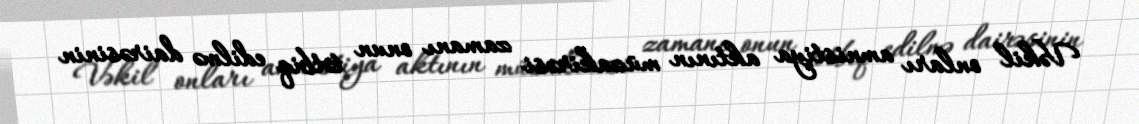
Vəkil onları amnistiya aktının müzakirəsi zamanı onun tətbiq edilmə dairəsinin